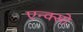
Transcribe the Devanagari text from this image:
एन्क्सो